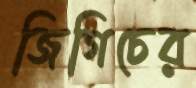
জিগিচের